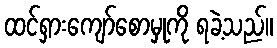
ထင်ရှားကျော်စောမှုကို ရခဲ့သည်။